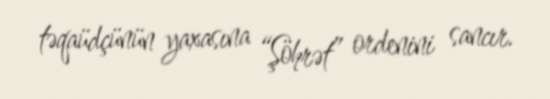
təqaüdçünün yaxasına “Şöhrət” ordenini sancır.